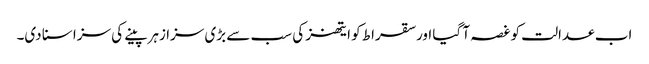
اب عدالت کو غصہ آ گیا اور سقراط کو ایتھنز کی سب سے بڑی سزا زہر پینے کی سزا سنا دی۔